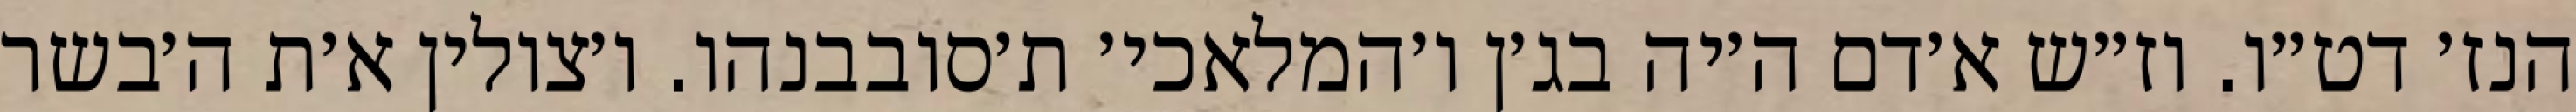
הנז׳ דט״ו. וז״ש א׳דם ה׳יה בג׳ן ו׳המלאכי׳ ת׳סובבנהו. ו׳צולין א׳ת ה׳בשר